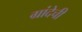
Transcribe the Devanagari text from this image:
ग्रांदेची